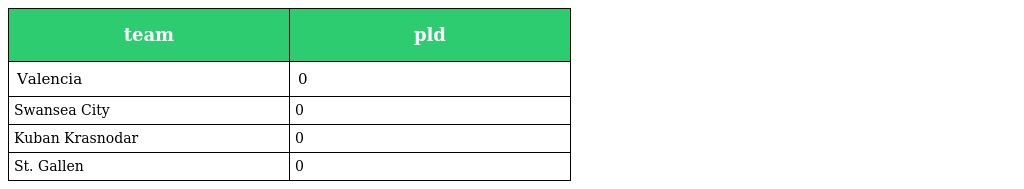
| team | pld |
 | --- | --- |
 | Valencia | 0 |
 | Swansea City | 0 |
 | Kuban Krasnodar | 0 |
 | St. Gallen | 0 |